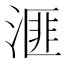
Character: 𪶬